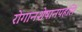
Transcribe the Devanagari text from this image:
रोगानशेषानपहंसि